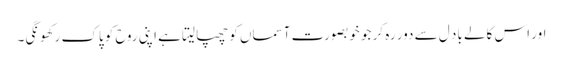
اور اس کالے باد ل سے دور رہ کر جو خوبصورت آسماں کو چھپا لیتا ہے اپنی روح کو پاک رکھونگی۔